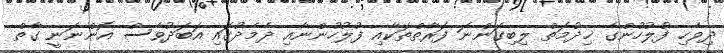
ދިވެހި ފުލުހުންގެ ޚިދުމަތް ލިބިގަންނަ ފަރާތްތަކާއި ފުލުހުންނާއި ދެމެދުގައި އަބަދުވެސް އޮންނަނީ ގާތް